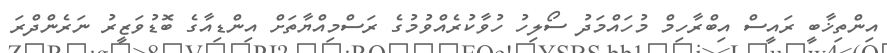
އިންތިޚާބީ ރައީސް އިބްރާހިމް މުހައްމަދު ސޯލިހު ހުވާކުރެއްވުމުގެ ރަސްމިއްޔާތަށް އިންޑިއާގެ ބޮޑުވަޒީރު ނަރެންދްރަ